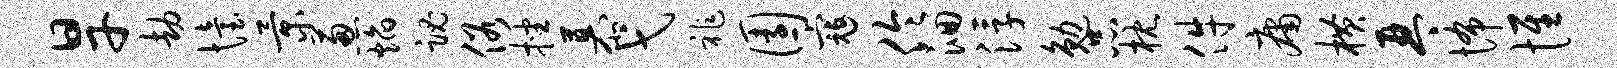
旱劫怡景葱焰魂俗挫慕弋祚园寇伶洄浮勉品枕件庸横琴怖惟